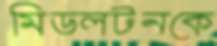
মিডলটনকে